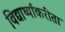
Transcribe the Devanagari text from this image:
विद्यार्थ्यांकरीता